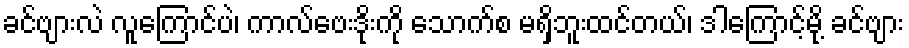
ခင်ဗျားလဲ လူကြောင်ပဲ၊ ကာလ်ဗေးဒိုးကို သောက်စ မရှိဘူးထင်တယ်၊ ဒါကြောင့်မို့ ခင်ဗျား